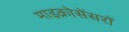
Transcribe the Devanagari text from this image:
माइक्रोसेंसरों